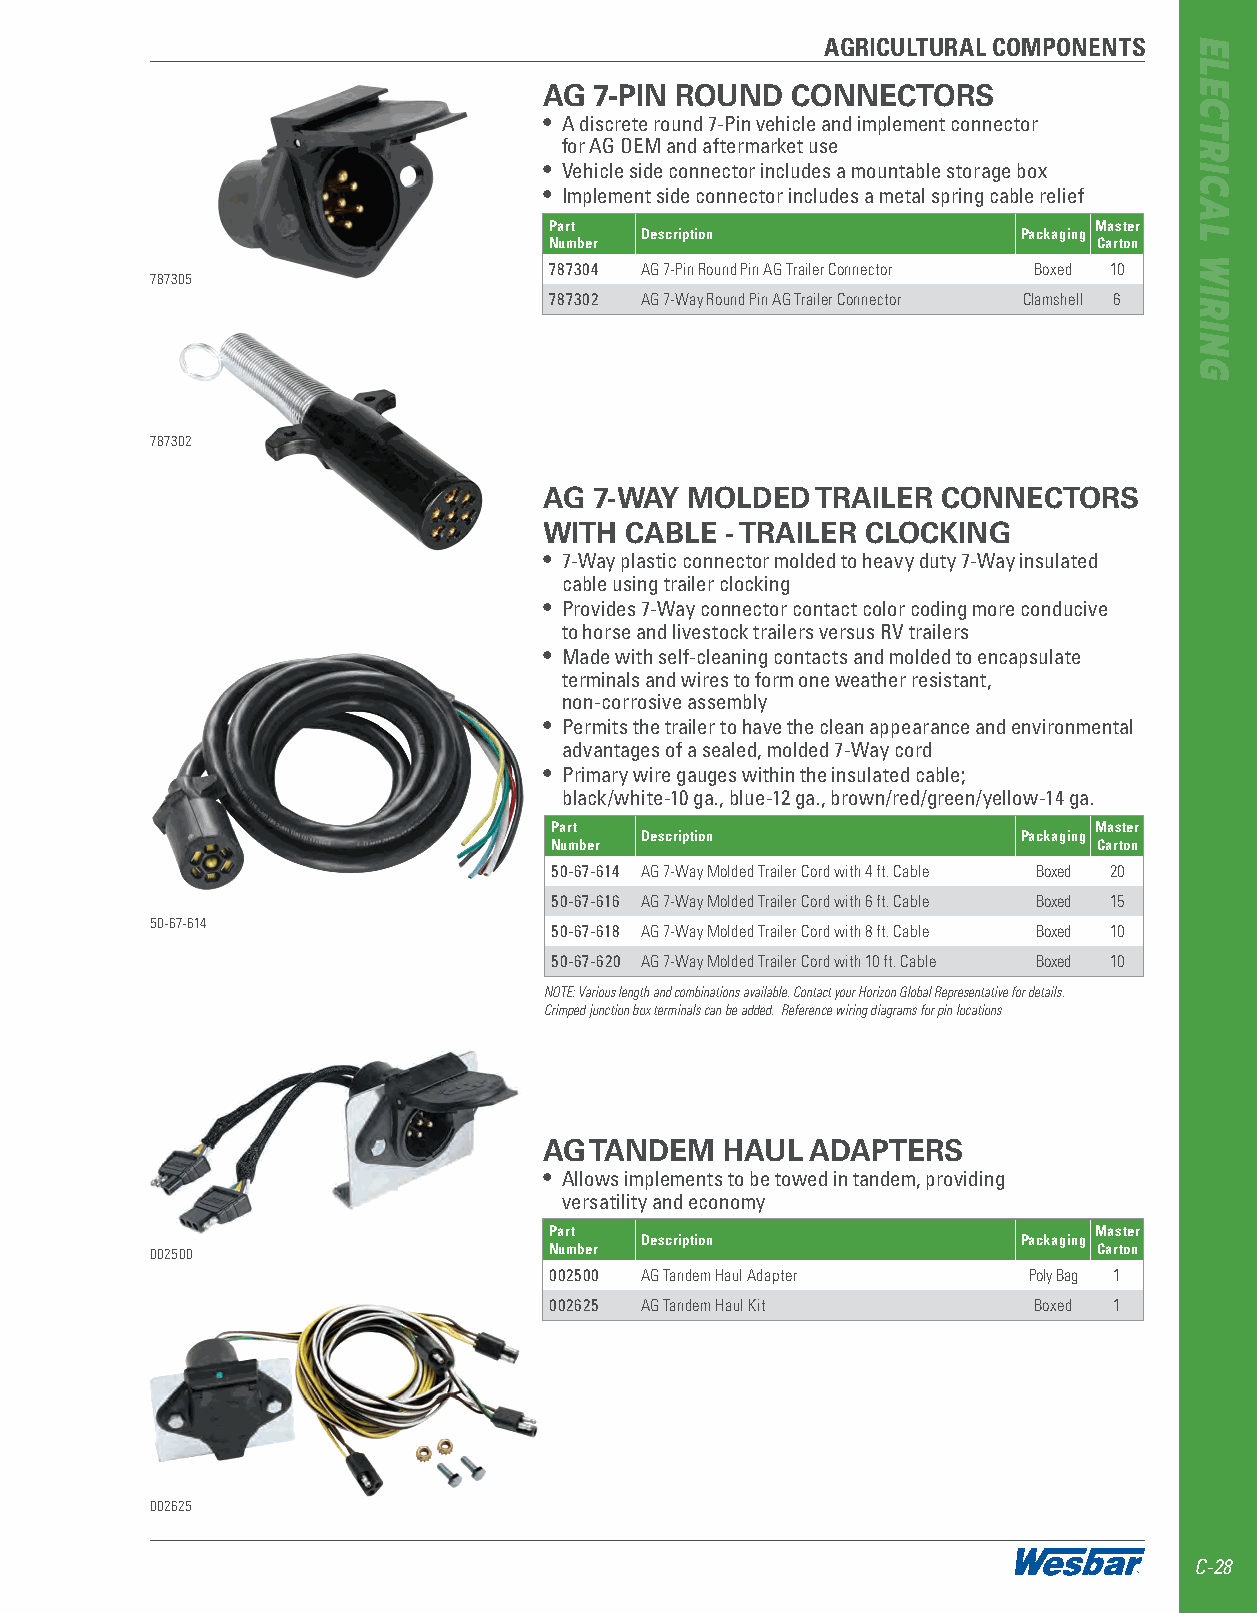
AGRICULTURAL COMPONENTS
 AG 7-PIN ROUND  CONNECTORS
 • A discrete round 7-Pin vehicle and implement connector
 for AG OEM and aftermarket use
 • Vehicle side connector includes a mountable storage box
 • Implement side connector includes a metal spring cable relief
 Part                                Master
 Description               Packaging
 Number                               Carton
 787304 AG 7-Pin Round Pin AG Trailer Connector Boxed 10
 787305
 787302 AG 7-Way Round Pin AG Trailer Connector Clamshell 6
 787302
 AG 7-WAY MOLDED   TRAILER CONNECTORS
 WITH CABLE  - TRAILER CLOCKING
 • 7-Way plastic connector molded to heavy duty 7-Way insulated
 cable using trailer clocking
 • Provides 7-Way connector contact color coding more conducive
 to horse and livestock trailers versus RV trailers
 • Made with self-cleaning contacts and molded to encapsulate
 terminals and wires to form one weather resistant,
 non-corrosive assembly
 • Permits the trailer to have the clean appearance and environmental
 advantages of a sealed, molded 7-Way cord
 • Primary wire gauges within the insulated cable;
 black/white-10 ga ., blue-12 ga ., brown/red/green/yellow-14 ga .
 Part                                Master
 Description               Packaging
 Number                               Carton
 50-67-614 AG 7-Way Molded Trailer Cord with 4 ft. Cable Boxed 20
 50-67-616 AG 7-Way Molded Trailer Cord with 6 ft. Cable Boxed 15
 50-67-614
 50-67-618 AG 7-Way Molded Trailer Cord with 8 ft. Cable Boxed 10
 50-67-620 AG 7-Way Molded Trailer Cord with 10 ft. Cable Boxed 10
 NOTE: Various length and combinations available. Contact your Horizon Global Representative for details.
 Crimped junction box terminals can be added. Reference wiring diagrams for pin locations
 AG TANDEM   HAUL  ADAPTERS
 • Allows implements to be towed in tandem, providing
 versatility and economy
 Part                                Master
 Description               Packaging
 002500                    Number                               Carton
 002500 AG Tandem Haul Adapter   Poly Bag 1
 002625 AG Tandem Haul Kit       Boxed 1
 002625
 C-28
 ELECTRICAL
 WIRING